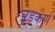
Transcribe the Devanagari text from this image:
चूडकर्ण